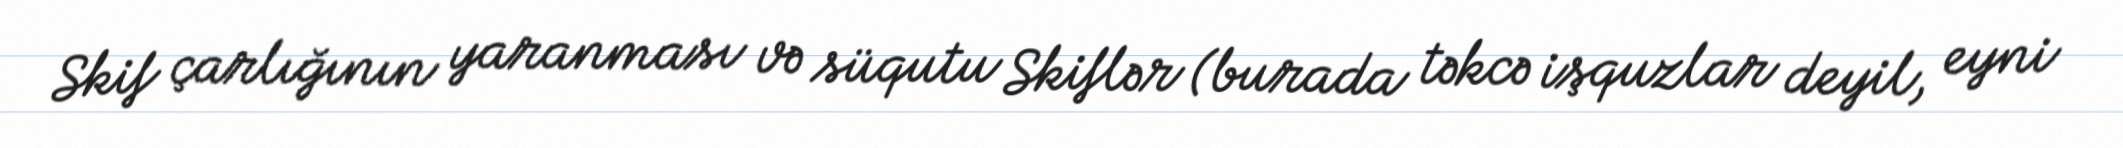
Skif çarlığının yaranması və süqutu Skiflər (burada təkcə işquzlar deyil, eyni